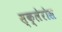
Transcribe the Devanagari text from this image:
स्क्लेरोस